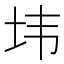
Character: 𰉘